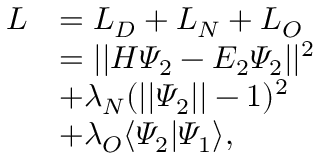
\begin{array} { r l } { L } & { = L _ { D } + L _ { N } + L _ { O } } \\ & { = | | H \varPsi _ { 2 } - E _ { 2 } \varPsi _ { 2 } | | ^ { 2 } } \\ & { + \lambda _ { N } ( | | \varPsi _ { 2 } | | - 1 ) ^ { 2 } } \\ & { + \lambda _ { O } \langle \varPsi _ { 2 } | \varPsi _ { 1 } \rangle \vphantom { ( | | \varPsi _ { 2 } | | - 1 ) ^ { 2 } } , } \end{array}